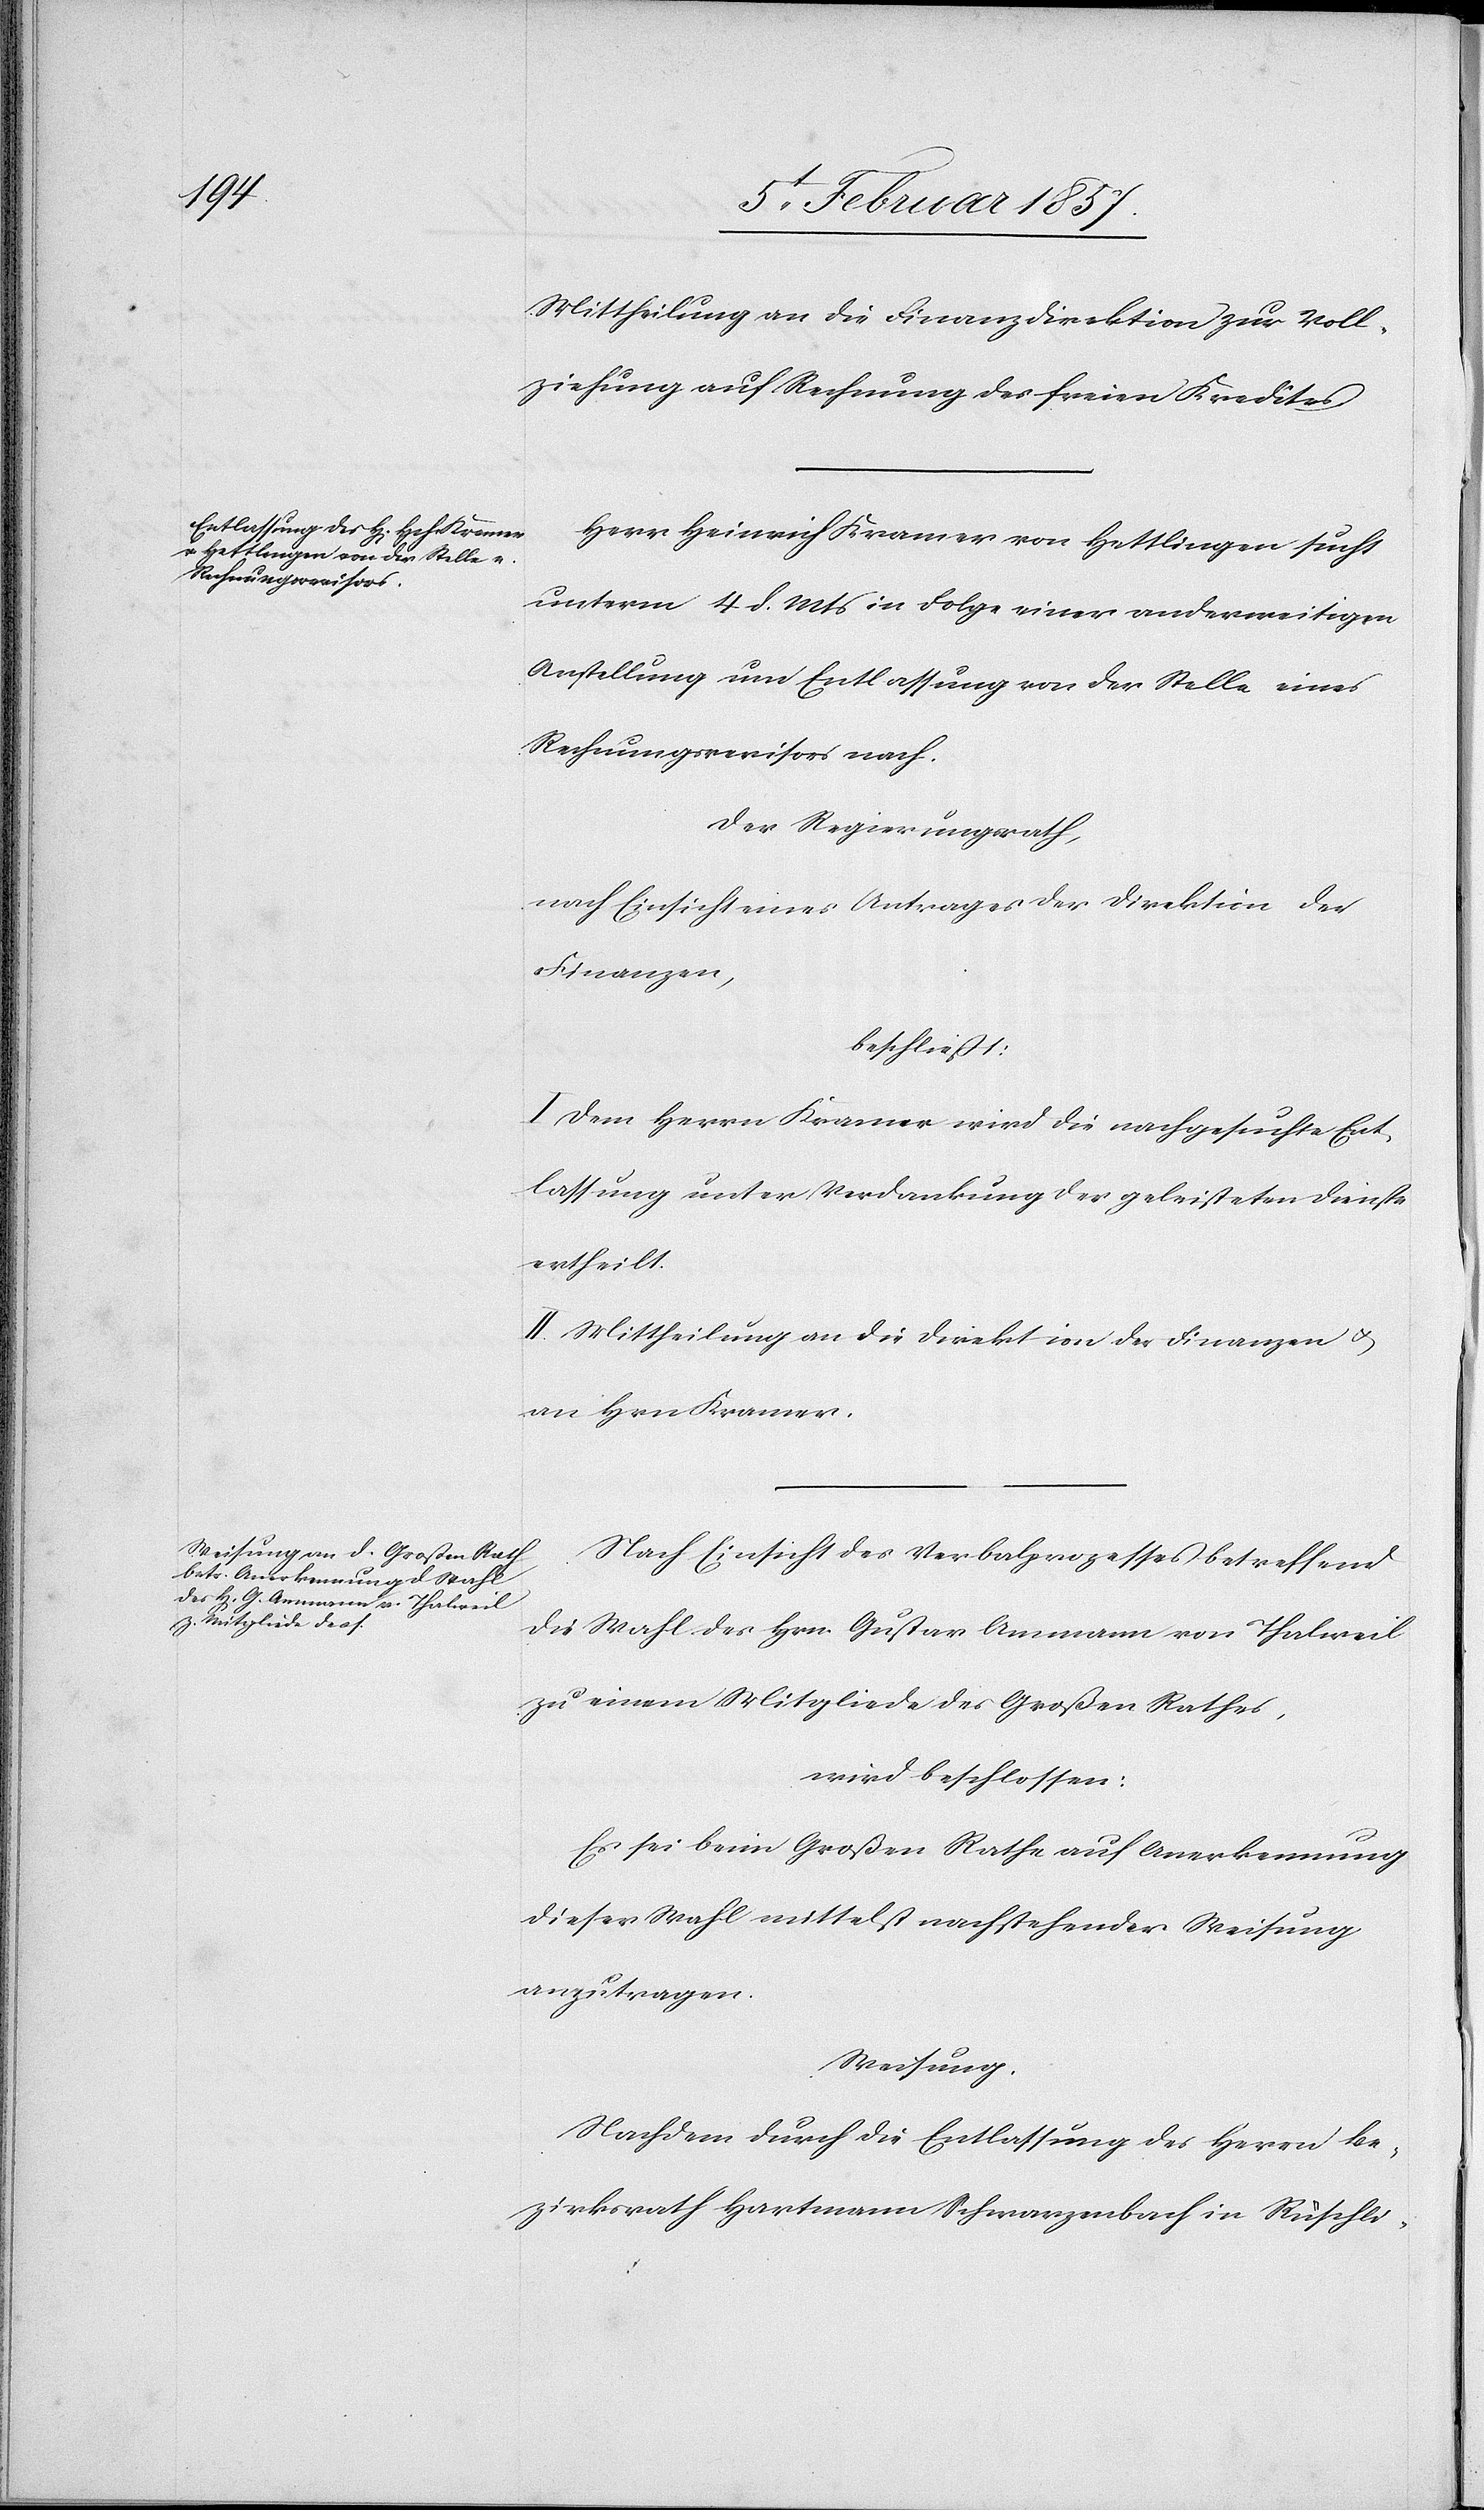
Mittheilung an die Finanzdirektion zur Voll¬
ziehung auf Rechnung des freien Kredites.
Herr Heinrich Kramer von Hettlingen sucht
unterm 4 d. Mts in Folge einer anderweitigen
Anstellung um Entlassung von der Stelle eines
Rechnungsrevisors nach.
Der Regierungsrath,
nach Einsicht eines Antrages der Direktion der
Finanzen,
beschliesst:
I. Dem Herrn Kramer wird die nachgesuchte Ent¬
lassung unter Verdankung der geleisteten Dienste
ertheilt.
II. Mittheilung an die Direktion der Finanzen u.
an Hrn Kramer.
Nach Einsicht des Verbalprozesses betreffend
die Wahl des Hrn. Gustav Ammann von Thalweil
zu einem Mitgliede des Großen Rathes,
wird beschlossen:
Es sei beim Großen Rathe auf Anerkennung
dieser Wahl mittelst nachstehender Weisung
anzutragen.
Weisung.
Nachdem durch die Entlassung des Herrn Be¬
zirksrath Hartmann Schwarzenbach in Rüschli-